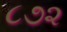
૮૭૨